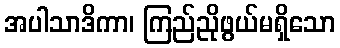
အပါသာဒိကာ၊ ကြည်ညိုဖွယ်မရှိသော